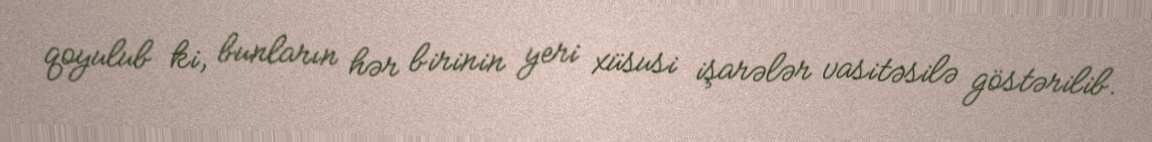
qoyulub ki, bunların hər birinin yeri xüsusi işarələr vasitəsilə göstərilib.